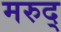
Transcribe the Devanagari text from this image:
मरुद्